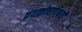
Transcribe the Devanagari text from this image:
ग्रंथकोषाविषयी